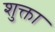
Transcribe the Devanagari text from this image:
शुक्ता